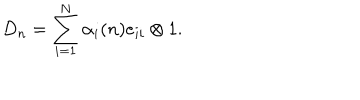
LaTeX: D _ { n } = \sum _ { i = 1 } ^ { N } \alpha _ { i } ( n ) e _ { i i } \otimes 1 .